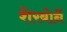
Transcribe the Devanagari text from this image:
शेरबोर्ने